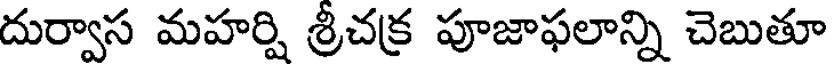
దుర్వాస మహర్షి శ్రీచక్ర పూజాఫలాన్ని చెబుతూ